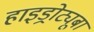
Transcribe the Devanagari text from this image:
हाइड्रोट्यूबा